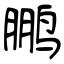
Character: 鹏